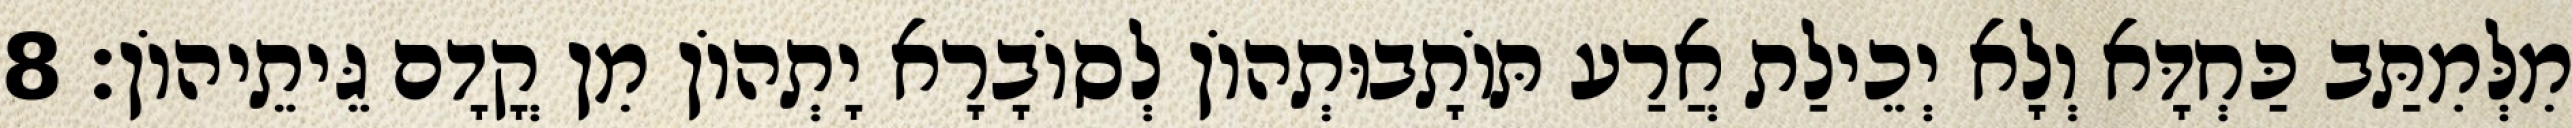
מִלְּמִתַּב כַּחְדָּא וְלָא יְכֵילַת אֲרַע תּוֹתָבוּתְהוֹן לְסוֹבָרָא יָתְהוֹן מִן קֳדָם גֵּיתֵיהוֹן׃ 8